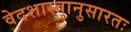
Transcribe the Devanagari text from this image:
वेदशास्त्रानुसारतः